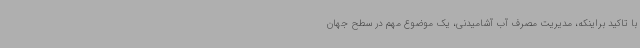
با تاکید براینکه، مدیریت مصرف آب آشامیدنی، یک موضوع مهم در سطح جهان